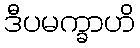
ဒီပမက္ခာဟိ